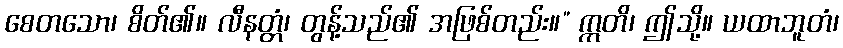
စေတသော၊ စိတ်၏။ လီနတ္တံ၊ တွန့်သည်၏ အဖြစ်တည်း။” ဣတိ၊ ဤသို့။ ယထာဘူတံ၊